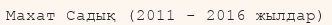
Махат Садық (2011 - 2016 жылдар)